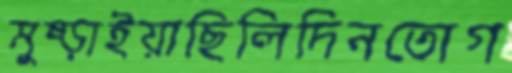
মুষ্‌ড়াইয়াছিলিদিনতোগ